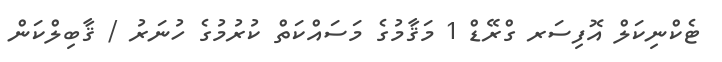
ޓެކްނިކަލް އޮފިސަރ ގްރޭޑް 1 މަޤާމުގެ މަސައްކަތް ކުރުމުގެ ހުނަރު / ޤާބިލްކަން